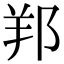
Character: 𨛁